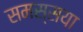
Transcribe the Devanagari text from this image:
समस्सया